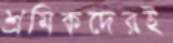
শ্রমিকদেরই